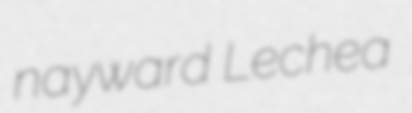
nayward Lechea